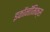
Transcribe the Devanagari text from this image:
इकॉनॉमिक्‍स